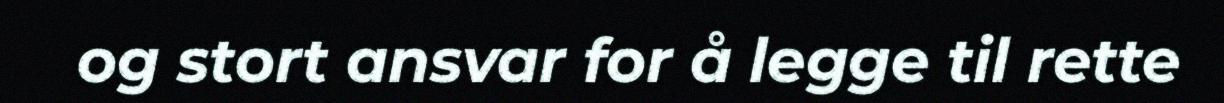
og stort ansvar for å legge til rette